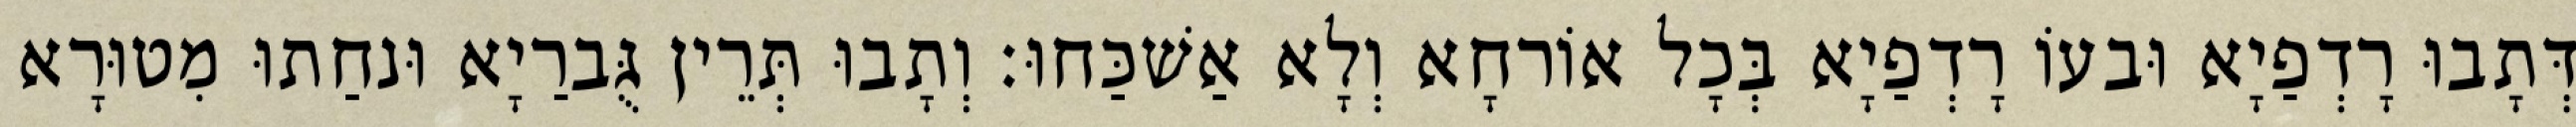
דְּתָבוּ רָדְפַיָא וּבעוֹ רָדְפַיָא בְּכָל אוֹרחָא וְלָא אַשׁכַּחוּ׃ וְתָבוּ תְּרֵין גֻּברַיָא וּנחַתוּ מִטוּרָא